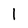
Character: 1